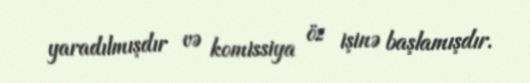
yaradılmışdır və komissiya öz işinə başlamışdır.